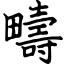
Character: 疇